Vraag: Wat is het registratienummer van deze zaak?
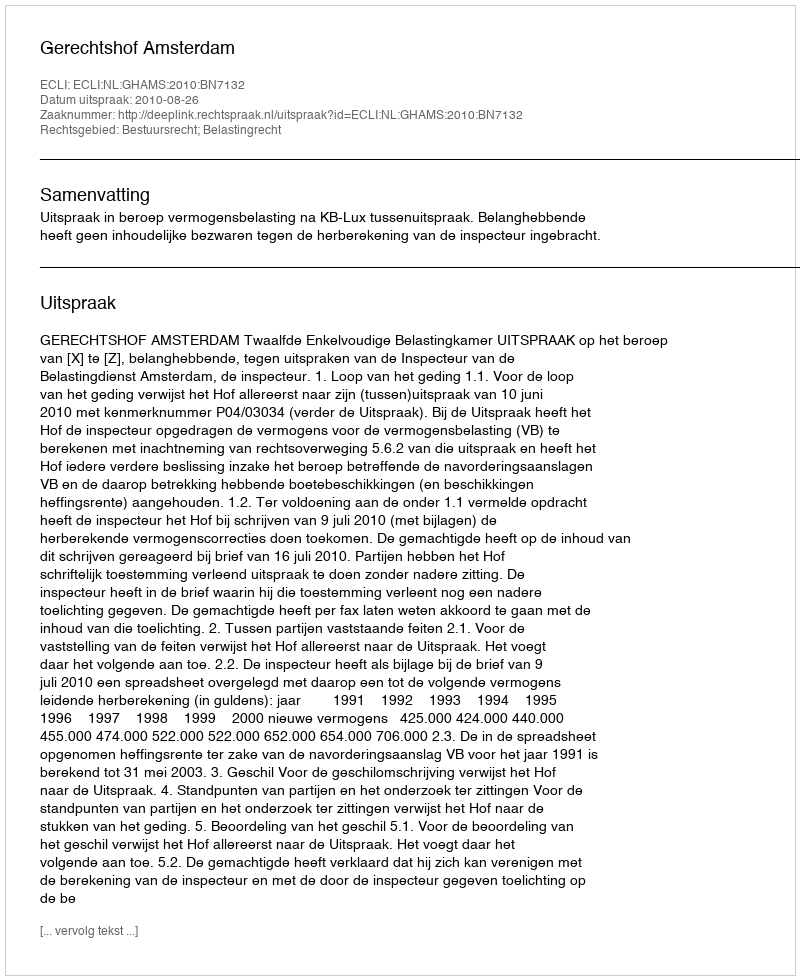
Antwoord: http://deeplink.rechtspraak.nl/uitspraak?id=ECLI:NL:GHAMS:2010:BN7132